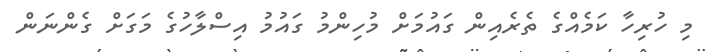
މި ހުރިހާ ކަމެއްގެ ތެރެއިން ގައުމަށް މުހިންމު ގައުމު އިސްލާހުގެ މަގަށް ގެންނަން